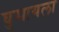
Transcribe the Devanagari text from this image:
घुसायला